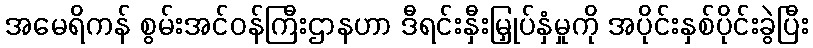
အမေရိကန် စွမ်းအင်ဝန်ကြီးဌာနဟာ ဒီရင်းနှီးမြှုပ်နှံမှုကို အပိုင်းနှစ်ပိုင်းခွဲပြီး